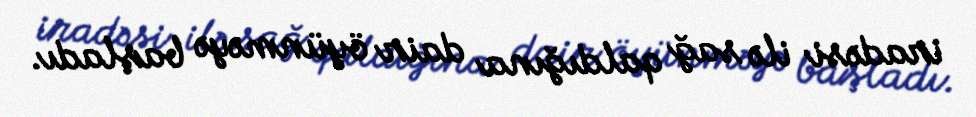
iradəsi ilə sağ qaldığına dair öyünməyə başladı.